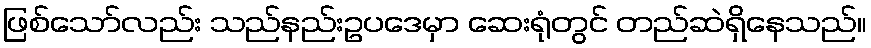
ဖြစ်သော်လည်း သည်နည်းဥပဒေမှာ ဆေးရုံတွင် တည်ဆဲရှိနေသည်။